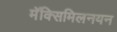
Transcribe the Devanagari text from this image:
मॅक्सिमिलनयन